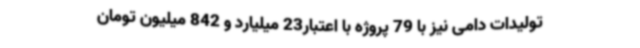
تولیدات دامی نیز با 79 پروژه با اعتبار23 میلیارد و 842 میلیون تومان